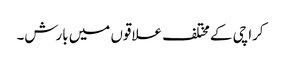
کراچی کے مختلف علاقوں میں بارش۔